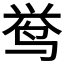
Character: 𱉰